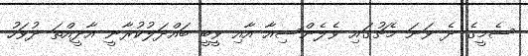
ސެމީގެ ދެ ވަނަ މެޗުގައި ވެލެންސިއާ އާއި ވީބީ ބައްދަލުކުރާނީ އާދީއްތަ ދުވަހު